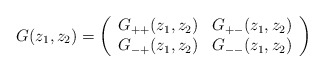
\begin{align*} G(z_1,z_2) = \left( \begin{array}{ll} G_{++}(z_1,z_2) & G_{+-}(z_1,z_2)\\ G_{-+}(z_1,z_2) & G_{--}(z_1,z_2) \end{array} \right)\end{align*}